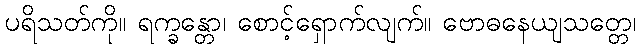
ပရိသတ်ကို။ ရက္ခန္တော၊ စောင့်ရှောက်လျက်။ ဗောဓနေယျသတ္တေ၊